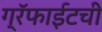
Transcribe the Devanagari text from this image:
ग्रॅफाईटची